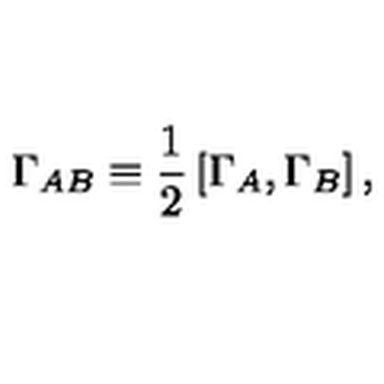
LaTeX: \Gamma _ { A B } \equiv { \frac { 1 } { 2 } } \left[ \Gamma _ { A } , \Gamma _ { B } \right] ,